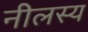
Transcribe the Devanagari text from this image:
नीलस्य